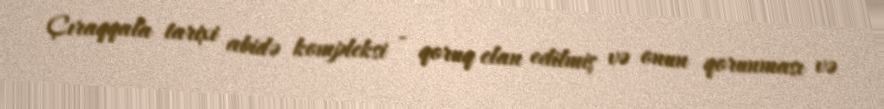
Çıraqqala tarixi abidə kompleksi - qoruq elan edilmiş və onun qorunması və